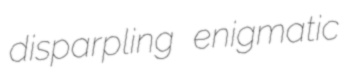
disparpling enigmatic